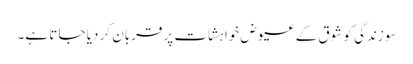
سو زندگی کو شوق کے عیوض خواہشات پر قربان کر دیا جا تا ہے۔